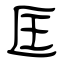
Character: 匡